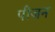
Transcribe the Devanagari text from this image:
पीजन